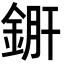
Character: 𨧠